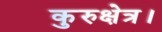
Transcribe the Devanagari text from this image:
कुरुक्षेत्र।